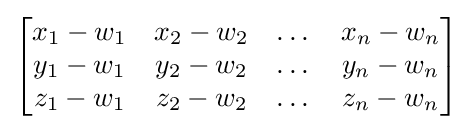
{\begin{bmatrix}x_{1}-w_{1}&x_{2}-w_{2}&\dots &x_{n}-w_{n}\\y_{1}-w_{1}&y_{2}-w_{2}&\dots &y_{n}-w_{n}\\z_{1}-w_{1}&z_{2}-w_{2}&\dots &z_{n}-w_{n}\\\end{bmatrix}}